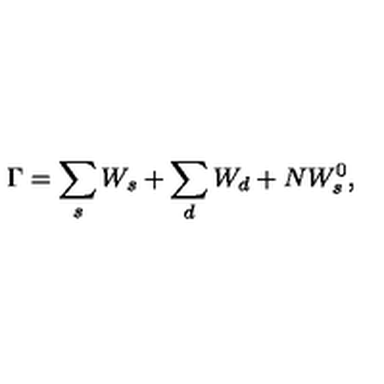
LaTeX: \Gamma = \sum _ { s } W _ { s } + \sum _ { d } W _ { d } + N W _ { s } ^ { 0 } ,